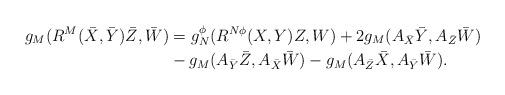
LaTeX: \begin{align*}g_M(R^M(\bar{X},\bar{Y})\bar{Z},\bar{W})&=g^\phi_N(R^{N\phi}(X,Y)Z,W)+2g_M(A_{\bar{X}}\bar{Y},A_{\bar{Z}}\bar{W})\\&- g_M(A_{\bar{Y}}\bar{Z},A_{\bar{X}}\bar{W})-g_M(A_{\bar{Z}}\bar{X},A_{\bar{Y}}\bar{W}).\end{align*}